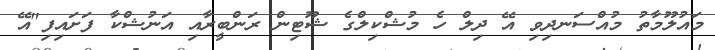
މައުލޫމާތު މުއްސަނދިވި އޭ ދިލް ހެ މުޝްކިލްގެ ޝޫޓިން ރަންބީރާއި އަނުޝްކާ ފަށައިފި"އޭ